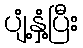
ပျံ့နှံ့ပြီး